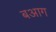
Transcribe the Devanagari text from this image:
बआग